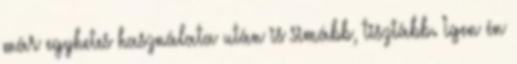
már egyhetes használata után is simább, tisztább. Igen én